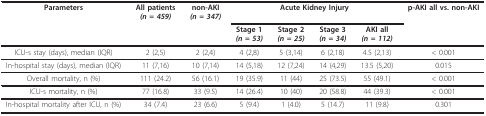
<table><thead><tr><td><b>Parameters</b></td><td><b>All patients<i>(n = 459)</i></b></td><td><b>non-AKI<i>(n = 347)</i></b></td><td colspan="4"><b>Acute Kidney Injury</b></td><td><b>p-AKI all vs. non-AKI</b></td></tr><tr><td></td><td></td><td></td><td><b>Stage 1<i>(n = 53)</i></b></td><td><b>Stage 2<i>(n = 25)</i></b></td><td><b>Stage 3<i>(n = 34)</i></b></td><td><b>AKI all<i>(n = 112)</i></b></td><td></td></tr></thead><tbody><tr><td>ICU-s stay (days), median (IQR)</td><td>2 (2,5)</td><td>2 (2,4)</td><td>4 (2,8)</td><td>5 (3,14)</td><td>6 (2,18)</td><td>4.5 (2,13)</td><td>&lt; 0.001</td></tr><tr><td>In-hospital stay (days), median (IQR)</td><td>11 (7,16)</td><td>10 (7,14)</td><td>14 (5,18)</td><td>12 (7,24)</td><td>14 (4,29)</td><td>13.5 (5,20)</td><td>0.015</td></tr><tr><td>Overall mortality, n (%)</td><td>111 (24.2)</td><td>56 (16.1)</td><td>19 (35.9)</td><td>11 (44)</td><td>25 (73.5)</td><td>55 (49.1)</td><td>&lt; 0.001</td></tr><tr><td>ICU-s mortality, n (%)</td><td>77 (16.8)</td><td>33 (9.5)</td><td>14 (26.4)</td><td>10 (40)</td><td>20 (58.8)</td><td>44 (39.3)</td><td>&lt; 0.001</td></tr><tr><td>In-hospital mortality after ICU, n (%)</td><td>34 (7.4)</td><td>23 (6.6)</td><td>5 (9.4)</td><td>1 (4.0)</td><td>5 (14.7)</td><td>11 (9.8)</td><td>0.301</td></tr></tbody></table>